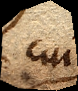
cui